Annual report on the working of the lock hospitals in the North-Western Provinces and Oudh
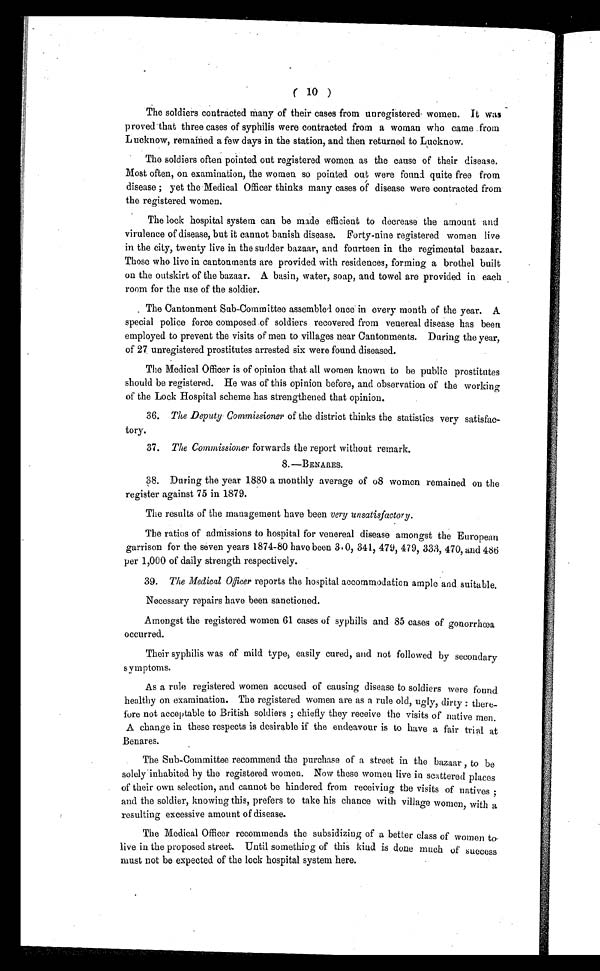
( 10 )
The soldiers contracted many of their cases from unregistered women. It was
proved that three cases of syphilis were contracted from a woman who came from
Lucknow, remained a few days in the station, and then returned to Lucknow.
The soldiers often pointed out registered women as the cause of their disease.
Most often, on examination, the women so pointed out were found quite free from
disease ; yet the Medical Officer thinks many cases of disease were contracted from
the registered women.
The lock hospital system can be made efficient to decrease the amount and
virulence of disease, but it cannot banish disease. Forty-nine registered women live
in the city, twenty live in the sudder bazaar, and fourteen in the regimental bazaar.
Those who live in cantonments are provided with residences, forming a brothel built
on the outskirt of the bazaar. A basin, water, soap, and towel are provided in each
room for the use of the soldier.
The Cantonment Sub-Committee assembled once in every month of the year. A
special police force composed of soldiers recovered from venereal disease has been
employed to prevent the visits of men to villages near Cantonments. During the year,
of 27 unregistered prostitutes arrested six were found diseased.
The Medical Officer is of opinion that all women known to be public prostitutes
should be registered. He was of this opinion before, and observation of the working
of the Lock Hospital scheme has strengthened that opinion.
3 6
. T h e D e p u t y C o m m i s s i o n e rof the district thinks the statistics very satisfac-
tory.
3 7
. T h e C o m m i s s i o n e r
forwards the report without remark.
8. —BENARES.
3 8 . D u r i n g t h e y e a r 1 8 8 0 a m o n t h l y a v e r a g e o f o 8 w o m e n r e m a i n e d o n t h e
register against 75 in 1879.
The results of the management have been very unsatisfactory.
The ratios of admissions to hospital for venereal disease amongst the European
garrison for the seven years 1874-80 have been 3·0, 341, 479, 479, 333, 470, and 486
per 1,000 of daily strength respectively.
3 9
. T h e M e d i c a l O f f i c e r
r e p o r t s t h e h o s p i t a l a c c o m m o d a t i o n a m p l e a n d s u i t a b l e .
Necessary repairs have been sanctioned.
Amongst the registered women 61 cases of syphilis and 85 cases of gonorrhœa
occurred.
Their syphilis was of mild type, easily cured, and not followed by secondary
symptoms.
As a rule registered women accused of causing disease to soldiers were found
healthy on examination. The registered women are as a rule old, ugly, dirty : there-
fore not acceptable to British soldiers ; chiefly they receive the visits of native men.
A change in these respects is desirable if the endeavour is to have a fair trial at
Benares.
The Sub-Committee recommend the purchase of a street in the bazaar , to be
solely inhabited by the registered women. Now these women live in scattered places
of their own selection, and cannot be hindered from receiving the visits of natives ;
and the soldier, knowing this, prefers to take his chance with village women, with a
resulting excessive amount of disease.
The Medical Officer recommends the subsidizing of a better class of women to
live in the proposed street. Until something of this kind is done much of success
must not be expected of the lock hospital system here.